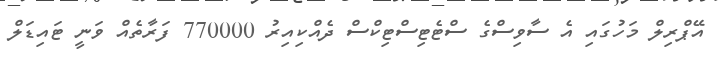
އޭޕްރިލް މަހުގައި އެ ސާވިސްގެ ސްޓެޓިސްޓިކްސް ދެއްކިއިރު 770000 ފަރާތެއް ވަނީ ޓައިޑަލް